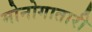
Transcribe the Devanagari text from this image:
मोनोगातारी